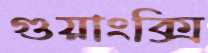
গুয়াংক্সি